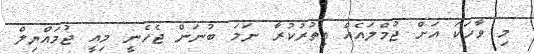
މި ވާހަކަ އަށް ޖުމްލައެއް އިތުރުކުރާ ނަމަ ބުނަން ޖެހެނީ މިއީ ޖުމައްޔިލް